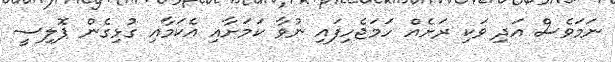
ނަމަވެސް އަދި ވަކި ރަށެއް ހަމަޖެހިފައި ނުވާ ކަމަށާއި އެކަމާއި ގުޅިގެން ޕޮލިސީ